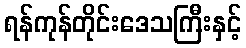
ရန်ကုန်တိုင်းဒေသကြီးနှင့်